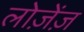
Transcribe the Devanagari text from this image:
लोज़ेंज़